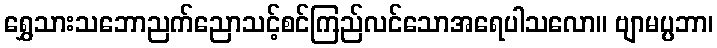
ရွှေသားသဘောညက်ညောသင့်စင်ကြည်လင်သောအရေပါသလော။ ဗျာမပ္ပဘာ၊